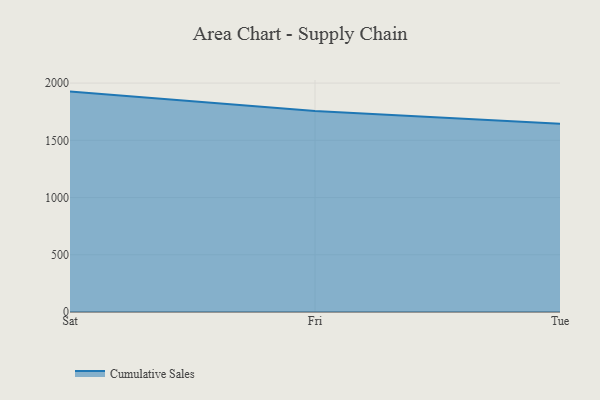
{"axis": {"x": "Day", "y": "Latency (ms)"}, "legend": ["Cumulative Sales"], "data": [{"x": "Sat", "y": 1925.6, "type": "Cumulative Sales"}, {"x": "Fri", "y": 1755.3, "type": "Cumulative Sales"}, {"x": "Tue", "y": 1644.3, "type": "Cumulative Sales"}]}